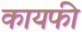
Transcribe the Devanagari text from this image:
कायफी